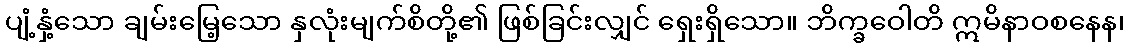
ပျံ့နှံ့သော ချမ်းမြေ့သော နှလုံးမျက်စိတို့၏ ဖြစ်ခြင်းလျှင် ရှေးရှိသော။ ဘိက္ခဝေါတိ ဣမိနာဝစနေန၊